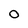
Character: 0